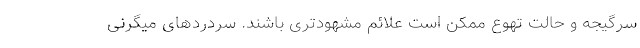
سرگیجه و حالت تهوع ممکن است علائم مشهودتری باشند. سردردهای میگرنی